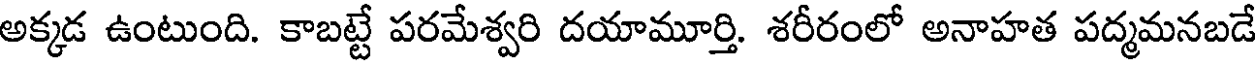
అక్కడ ఉంటుంది. కాబట్టే పరమేశ్వరి దయామూర్తి. శరీరంలో అనాహత పద్మమనబడే